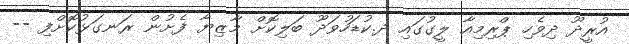
އުރީދޫ ދިވެހި ޕްރިމިއާ ލީގުގައި ދ.ކުޑަހުވަދޫ ބަލިކޮށް މާޒިޔާ ފެށުން ރަނގަޅުކޮށްފި --